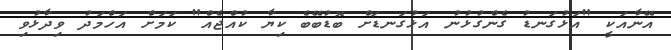
އޭނާއަކީ "އަޅުގަނޑު ގެންގުޅުނު އަޅުގަނޑަށް ބޮޑުބޭބެ ކިޔާ ކުއްޖެއް" ކަމަށް އަހްމަދު ވިދާޅުވި